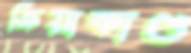
ক্রিয়াকাণ্ড